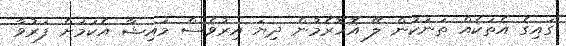
ގައިގެ އެތަކެއް ތަނަކުން ލޭ އޮހޮރެމުން ދިޔަ އިރުވެސް މައިޝާ އެކަމަށް ފަރުވާ